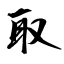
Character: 取